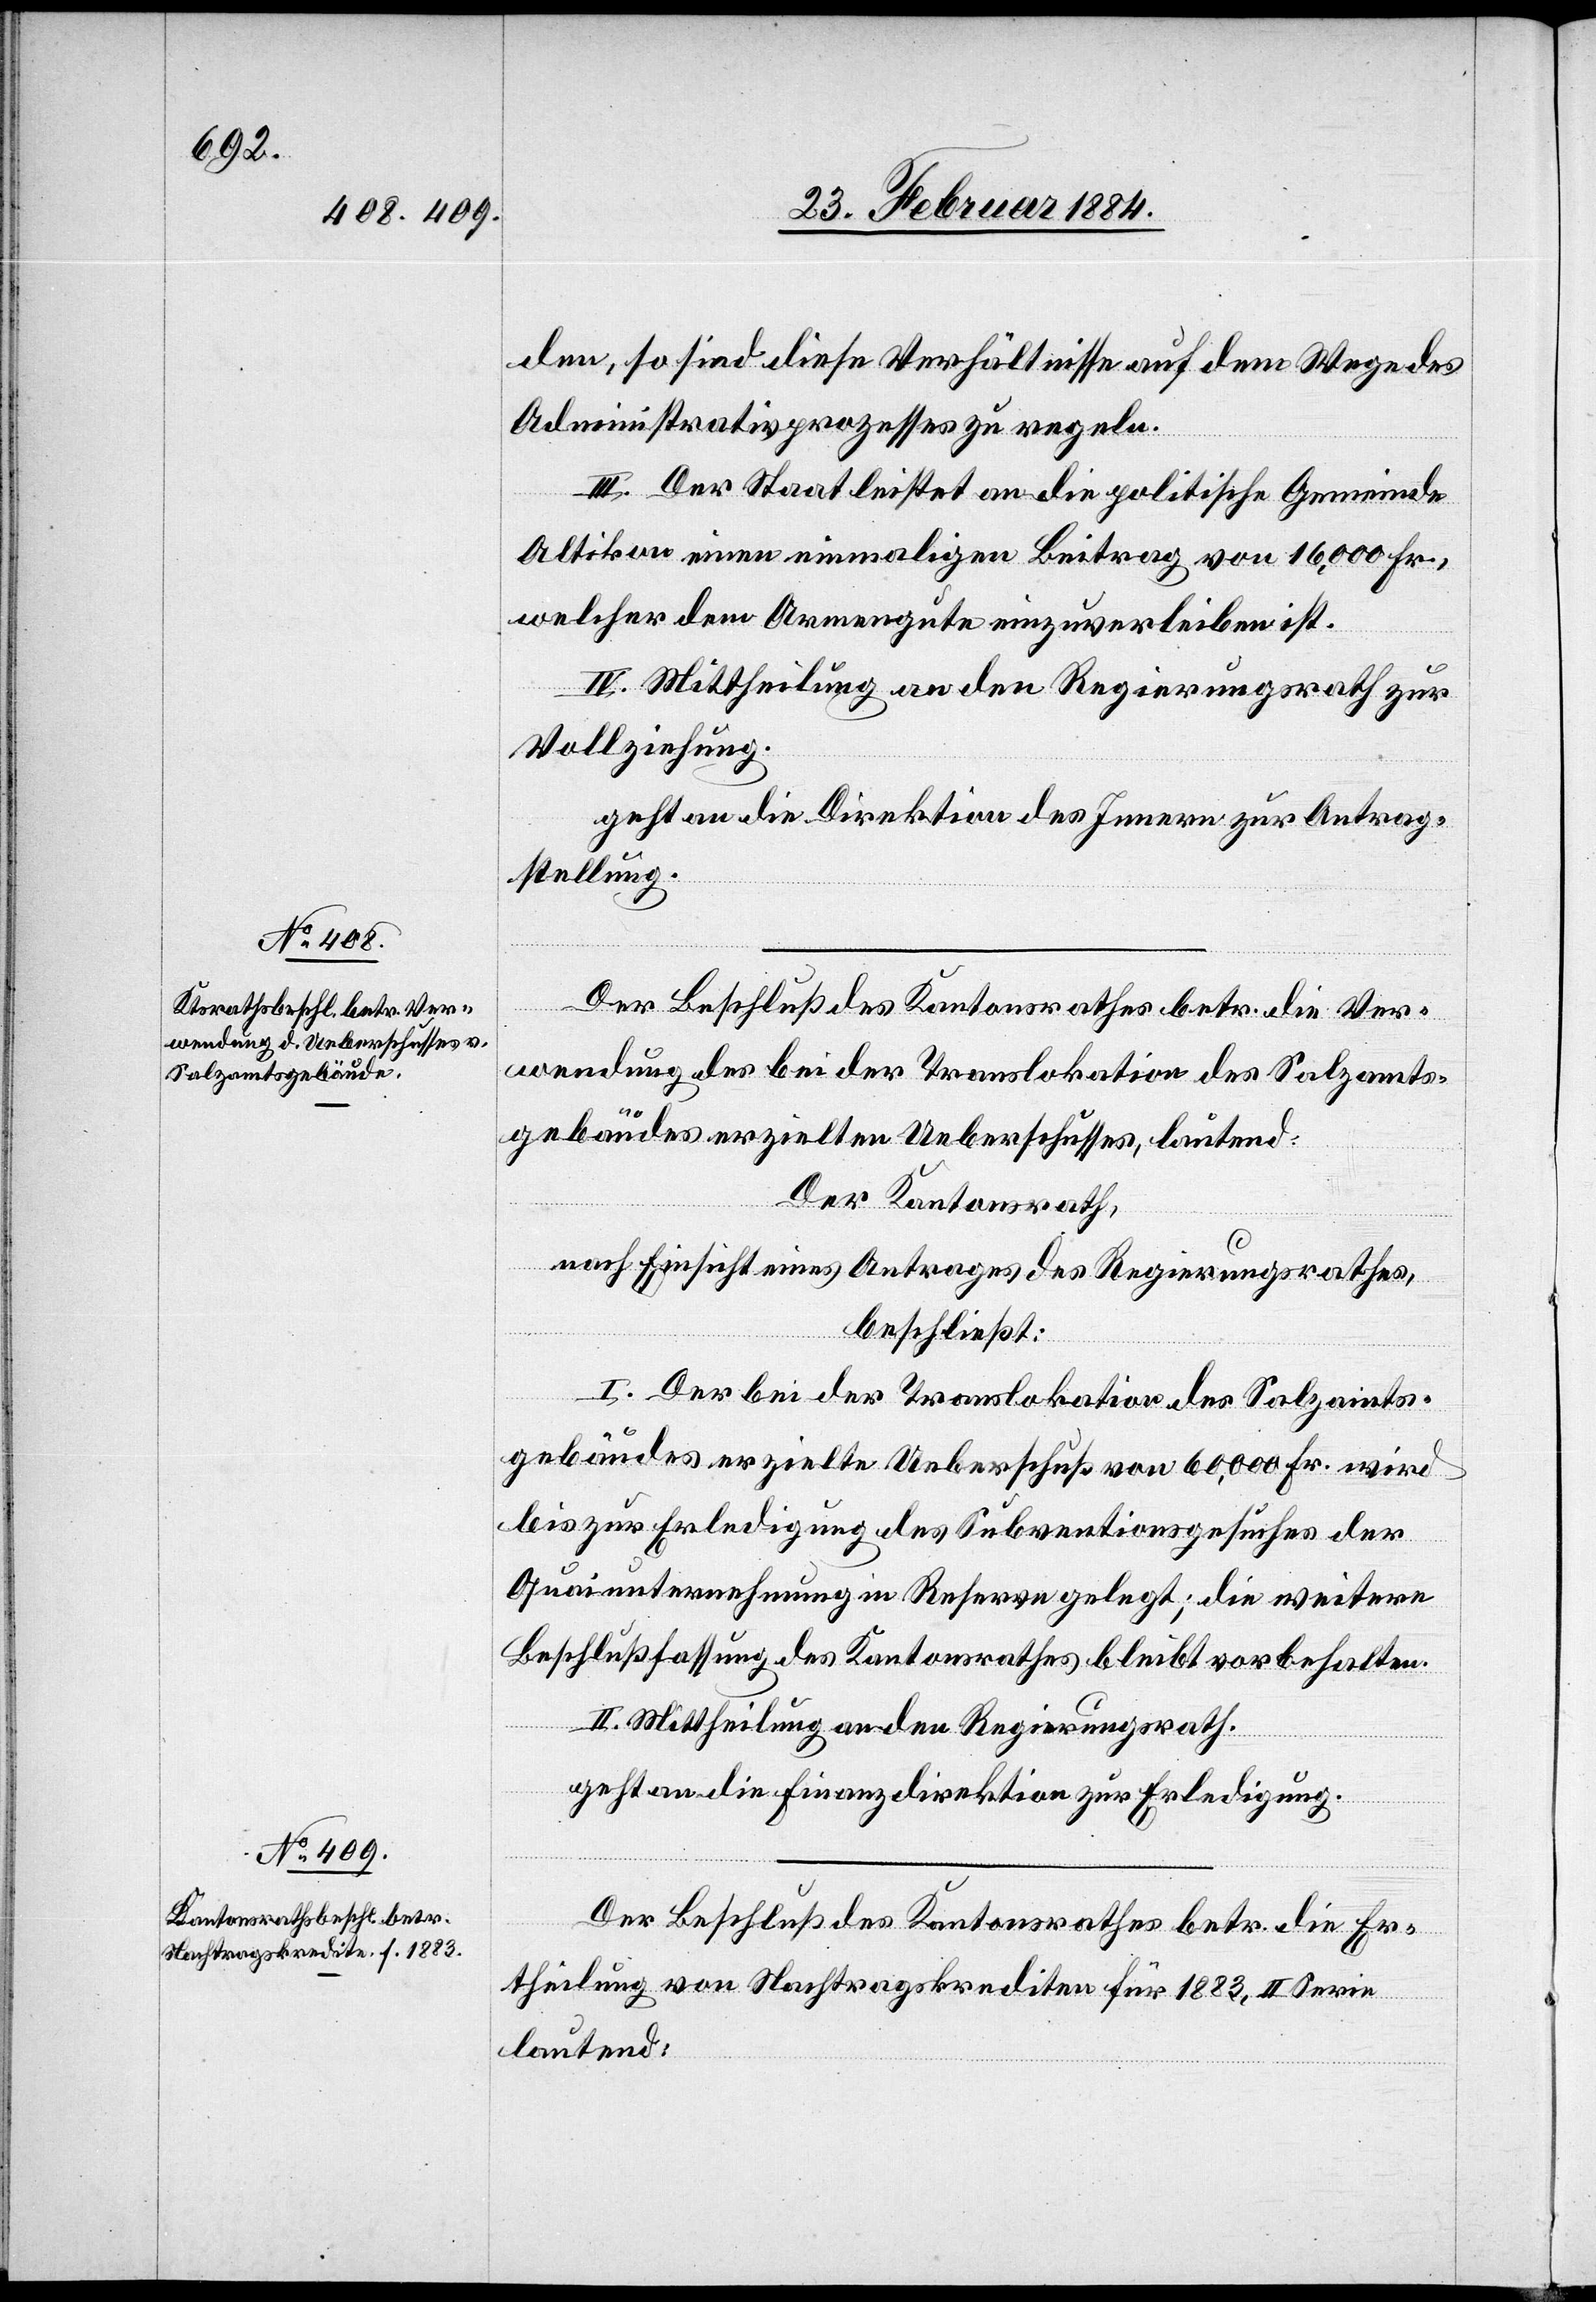
den, so sind diese Verhältnisse auf dem Wege des
Administrativprozesses zu regeln.
III. Der Staat leistet an die politische Gemeinde
Altikon einen einmaligen Beitrag von 16,000 Fr.,
welcher dem Armengute einzuverleiben ist.
IV. Mittheilung an den Regierungsrath zur
Vollziehung.
geht an die Direktion des Innern zur Antrag¬
stellung.
Der Beschluß des Kantonsrathes betr. die Ver¬
wendung des bei der Translokation des Salz¬
gebäudes erzielten Ueberschusses, lautend:
nach Einsicht eines Antrages des Regierungsrathes,
beschließt:
rath,
I. Der bei der Translokation des Salzamts¬
gebäudes erzielte Ueberschuß von 60,000 Fr. wird
bis zur Erledigung des Subventionsgesuches der
Quaiunternehmung in Reserve gelegt; die weitere
Beschlußfassung des Kantonsrathes bleibt vorbehalten.
II. Mittheilung an den Regierungsrath.
geht an die Finanzdirektion zur Erledigung.
Der Beschluß des Kantonsrathes betr. die Er¬
theilung von Nachtragskrediten für 1883, II. Serie
lautend: